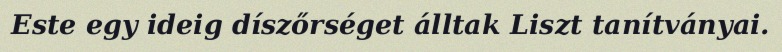
Este egy ideig díszőrséget álltak Liszt tanítványai.